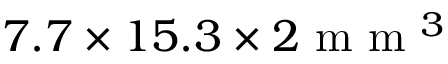
7 . 7 \times 1 5 . 3 \times 2 \mathrm { ~ m ~ m ~ } ^ { 3 }